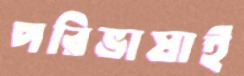
পরিভাষাই